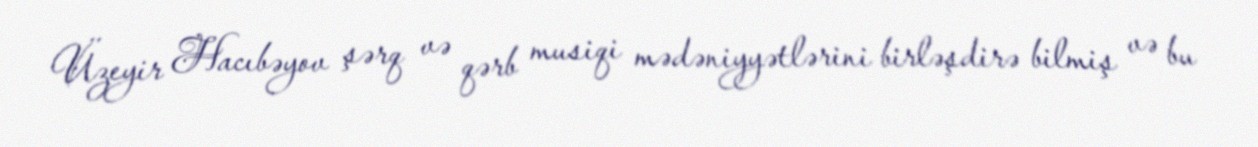
Üzeyir Hacıbəyov şərq və qərb musiqi mədəniyyətlərini birləşdirə bilmiş və bu